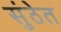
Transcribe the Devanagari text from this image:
सुंठेत